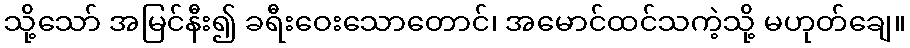
သို့သော် အမြင်နီး၍ ခရီးဝေးသောတောင်၊ အမောင်ထင်သကဲ့သို့ မဟုတ်ချေ။